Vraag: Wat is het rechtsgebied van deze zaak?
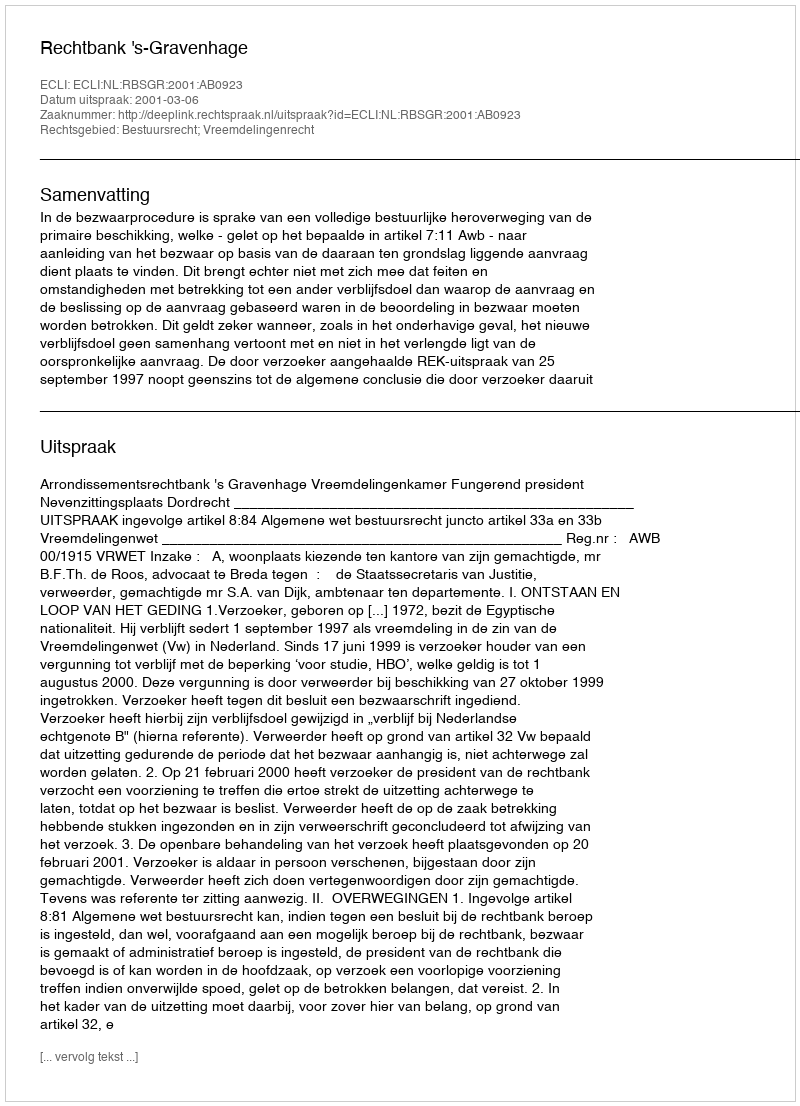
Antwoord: Bestuursrecht; Vreemdelingenrecht